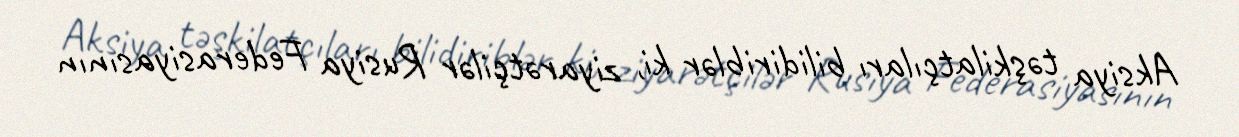
Aksiya təşkilatçıları bilidiriblər ki, ziyarətçilər Rusiya Federasiyasının